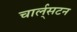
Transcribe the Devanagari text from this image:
चार्ल्‌सटन